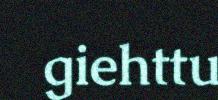
giehttu